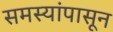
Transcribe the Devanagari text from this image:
समस्यांपासून